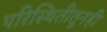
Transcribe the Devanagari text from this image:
परिस्थितीतूनही